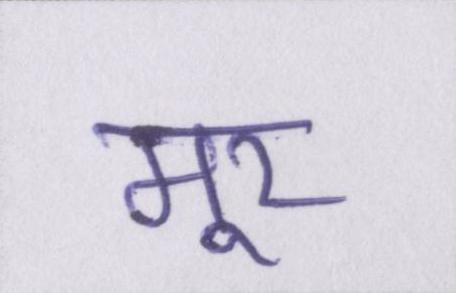
मूर